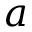
a